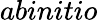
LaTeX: \textit{abinitio}